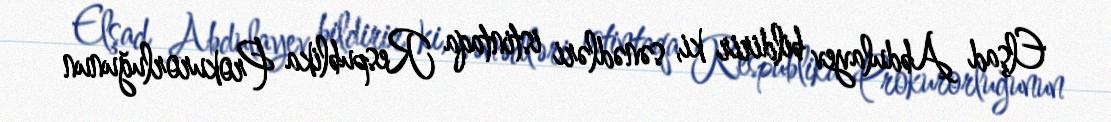
Elşad Abdulayev bildirir ki, sənədləri istintaqa Respublika Prokurorluğunun